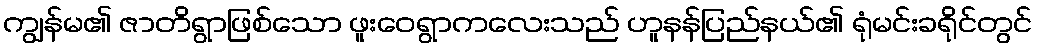
ကျွန်မ၏ ဇာတိရွာဖြစ်သော ဖူးဝေရွာကလေးသည် ဟူနန်ပြည်နယ်၏ ရုံမင်းခရိုင်တွင်